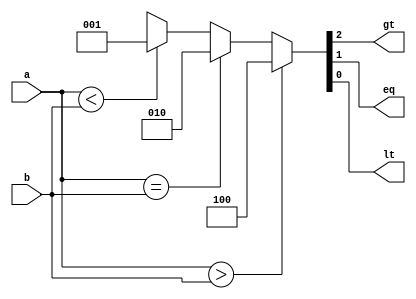
//1bit_comparator using dataflow style.
module comparator_1bit_df(a,b,gt,eq,lt);
input[1:0] a,b;
output gt,eq,lt;
assign {gt,eq,lt}=(a>b)?3'b100:(a==b)?3'b010:(a<b)?3'b001:3'bx;
endmodule